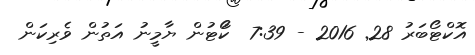
އޮކްޓޯބަރު 28